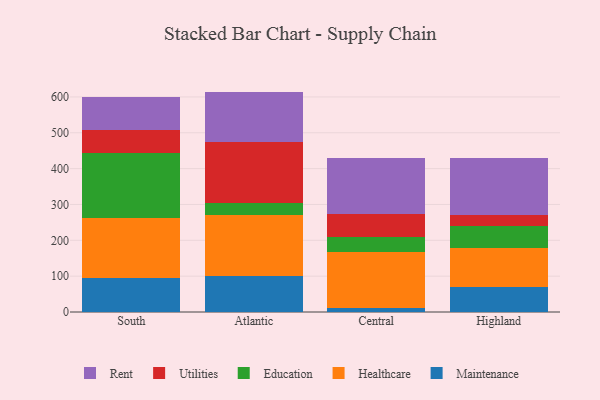
{"axis": {"x": "Region", "y": "Active Users"}, "legend": ["Education", "Healthcare", "Maintenance", "Rent", "Utilities"], "data": [{"x": "South", "y": 95.9, "type": "Maintenance"}, {"x": "South", "y": 167.5, "type": "Healthcare"}, {"x": "South", "y": 179.9, "type": "Education"}, {"x": "South", "y": 63.1, "type": "Utilities"}, {"x": "South", "y": 94.7, "type": "Rent"}, {"x": "Atlantic", "y": 101.3, "type": "Maintenance"}, {"x": "Atlantic", "y": 169.6, "type": "Healthcare"}, {"x": "Atlantic", "y": 32.9, "type": "Education"}, {"x": "Atlantic", "y": 169.7, "type": "Utilities"}, {"x": "Atlantic", "y": 141.4, "type": "Rent"}, {"x": "Central", "y": 10.6, "type": "Maintenance"}, {"x": "Central", "y": 156.9, "type": "Healthcare"}, {"x": "Central", "y": 41.3, "type": "Education"}, {"x": "Central", "y": 65.5, "type": "Utilities"}, {"x": "Central", "y": 154.0, "type": "Rent"}, {"x": "Highland", "y": 70.5, "type": "Maintenance"}, {"x": "Highland", "y": 107.3, "type": "Healthcare"}, {"x": "Highland", "y": 61.5, "type": "Education"}, {"x": "Highland", "y": 32.2, "type": "Utilities"}, {"x": "Highland", "y": 158.0, "type": "Rent"}]}